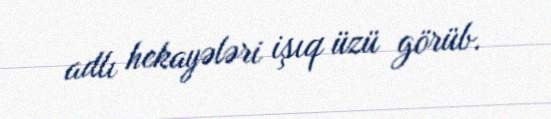
adlı hekayələri işıq üzü görüb.